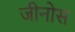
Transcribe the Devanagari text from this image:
जीनोस